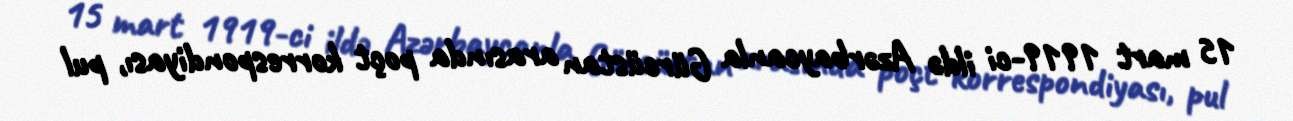
15 mart 1919-ci ildə Azərbaycanla Gürcüstan arasında poçt korrespondiyası, pul